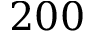
2 0 0